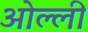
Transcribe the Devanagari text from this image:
ओल्ली